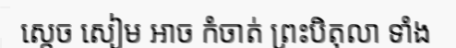
ស្តេច សៀម អាច កំចាត់ ព្រះបិតុលា ទាំង